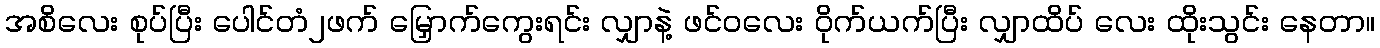
အစိလေး စုပ်ပြီး ပေါင်တံ၂ဖက် မြှောက်ကွေးရင်း လျှာနဲ့ ဖင်ဝလေး ဝိုက်ယက်ပြီး လျှာထိပ် လေး ထိုးသွင်း နေတာ။